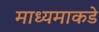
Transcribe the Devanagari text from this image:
माध्यमाकडे